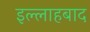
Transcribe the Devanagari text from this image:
इल्लाहबाद